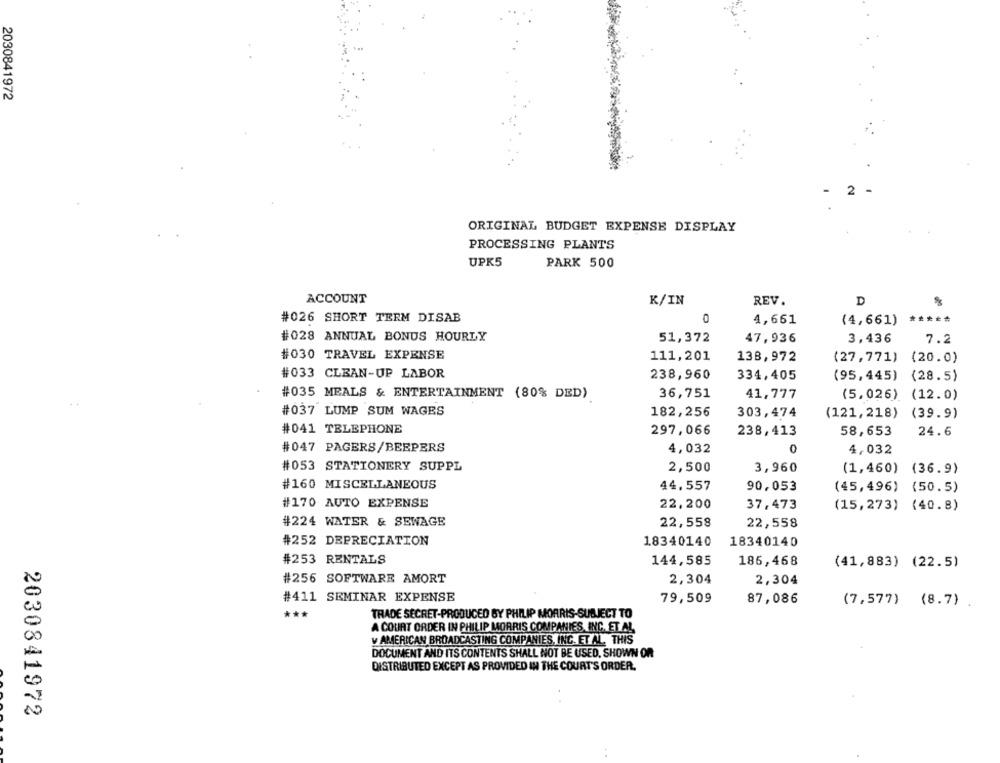
2030841972
2
ORIGINAL BUDGET EXPENSE DISPLAY
PROCESSING PLANTS
UPK5
PARK 500
ACCOUNT
K/IN
REV.
D
#026 SHORT TERM DISAB
4,661
*****
(4,661)
#028 ANNUAL BONUS HOURLY
51,372
47,936
3,436
7.2
#030 TRAVEL EXPENSE
111,201
138,972
(27,771) (20.0)
#033 CLEAN-UP LABOR
238,960
334,405
(95,445) (28.5)
#035 MEALS & ENTERTAINMENT (80% DED)
36,751
41,777
(5,026) (12.0)
#037 LUMP SUM WAGES
182,256
303,474
(121, 218)
(39.9)
#041 TELEPHONE
297,066
238,413
58,653
24.6
#047 PAGERS/BEEPERS
4,032
4,032
#053 STATIONERY SUPPL
2,500
3,960
(1,460) (36.9)
#160 MISCELLANEOUS
44,557
90,053
(45,496) (50.5)
#170 AUTO EXPENSE
22,200
37,473
(15,273) (40.8)
#224 WATER & SEWAGE
22,558
22,558
#252 DEPRECIATION
18340140
18340140
#253 RENTALS
144,585
186,468
(41,883) (22.5)
#256 SOFTWARE AMORT
2,304
2,304
#411 SEMINAR EXPENSE
79,509
87,086
(7,577) (8.7)
***
TRADE SECRET-PRODUCED BY PHILIP MORRIS-SUBJECT TO
A COURT ORDER IN PHILIP MORRIS COMPANIES, INC. ET AL,
v AMERICAN BROADCASTING COMPANIES, INC. ET AL. THIS
DOCUMENT AND ITS CONTENTS SHALL NOT BE USED, SHOWN OR
DISTRIBUTED EXCEPT AS PROVIDED IN THE COURT'S ORDER.
2030841972